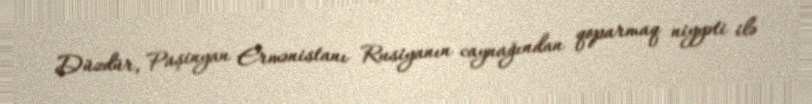
Düzdür, Paşinyan Ermənistanı Rusiyanın caynağından qoparmaq niyyəti ilə